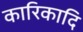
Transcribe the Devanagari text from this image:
कारिकादि